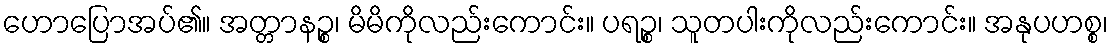
ဟောပြောအပ်၏။ အတ္တာနဉ္စ၊ မိမိကိုလည်းကောင်း။ ပရဉ္စ၊ သူတပါးကိုလည်းကောင်း။ အနုပဟစ္စ၊